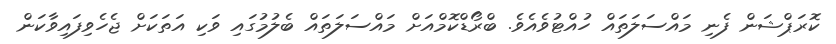
ކޮރަޕްޝަން ފެނި މައްސަލަތައް ހުއްޓުވެއެވެ. ބްރޯޑްކޮމްއަށް މައްސަލަތައް ބެލުމުގައި ވަކި އަތަކަށް ޖެހެވިފައިވާކަން